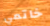
خاتمي